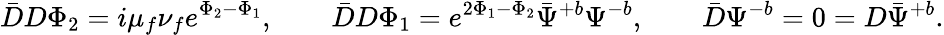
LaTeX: \bar{D}D\Phi_{2}=i\mu_{f}\nu_{f}e^{\Phi_{2}-\Phi_{1}},\qquad\bar{D}D\Phi_{1}=e^{2\Phi_{1}-\Phi_{2}}\bar{\Psi}^{+b}\Psi^{-b},\qquad\bar{D}\Psi^{-b}=0=D\bar{\Psi}^{+b}.